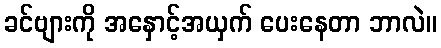
ခင်ဗျားကို အနှောင့်အယှက် ပေးနေတာ ဘာလဲ။